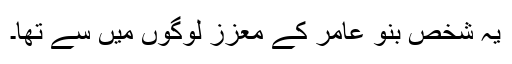
یہ شخص بنو عامر کے معزز لوگوں میں سے تھا۔